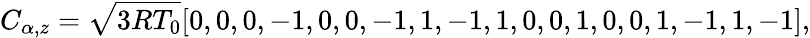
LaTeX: C_{\alpha,z}=\sqrt{3RT_{0}}[0,0,0,-1,0,0,-1,1,-1,1,0,0,1,0,0,1,-1,1,-1],